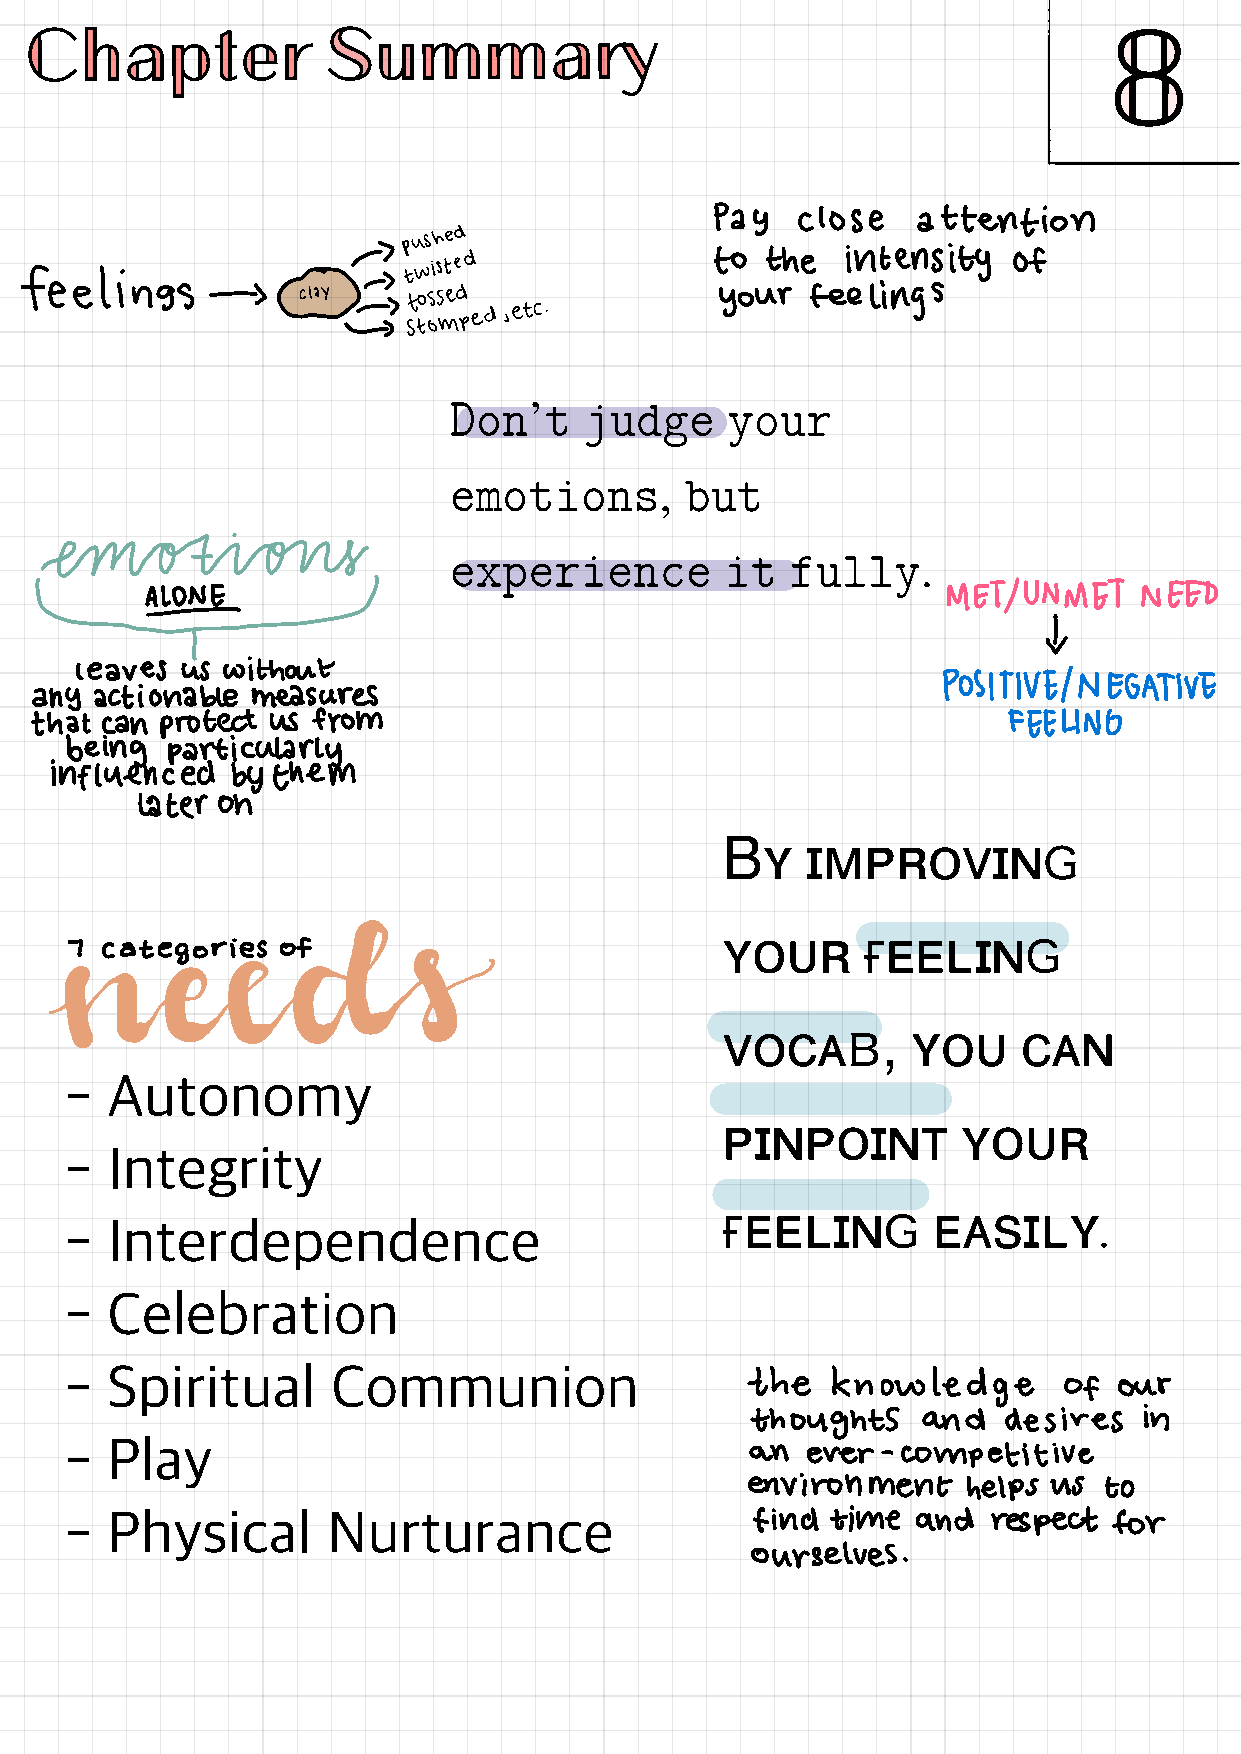
ℂ𝕙𝕒𝕡𝕥𝕖𝕣             𝕊𝕦𝕞𝕞𝕒𝕣𝕪                                        #
 𝟠
 I' I 't:' oisneeeastitgnot
 :
 is
 feelings
 -s           tossed               your  feelings
 →  Stomped ,etc.
 →
 𝙳𝚘𝚗’𝚝    𝚓𝚞𝚍𝚐𝚎    𝚢𝚘𝚞𝚛
 𝚎𝚖𝚘𝚝𝚒𝚘𝚗𝚜,      𝚋𝚞𝚝
 emotions
 𝚎𝚡𝚙𝚎𝚛𝚒𝚎𝚗𝚌𝚎        𝚒𝚝  𝚏𝚞𝚕𝚕𝚢.
 TALOUNE                                                      METIUNMET   NEED
 t
 leaves us without
 POSITIVE/NEGATIVE
 any actionable measures
 that can protect us from                                         FEELING
 being  particularly
 influenced  by them
 tater on
 Bʏ
 ɪᴍᴘʀᴏᴠɪɴɢ
 ʏᴏᴜʀ     ғᴇᴇʟɪɴɢ
 m7  categeories eof  ts
 ᴠᴏᴄᴀʙ     , ʏᴏᴜ     ᴄᴀɴ
 -  Autonomy
 ᴘɪɴᴘᴏɪɴᴛ        ʏᴏᴜʀ
 -  Integrity
 ғᴇᴇʟɪɴɢ       ᴇᴀsɪʟʏ
 -  Interdependence                                                   .
 -  Celebration
 -  Spiritual      Communion                  the   knowledge
 of  our
 thoughts   and   desires  in
 -  Play
 an ever - competitive
 environment    helps us to
 -  Physical       Nurturance                  find time  and  respect for
 ourselves
 .